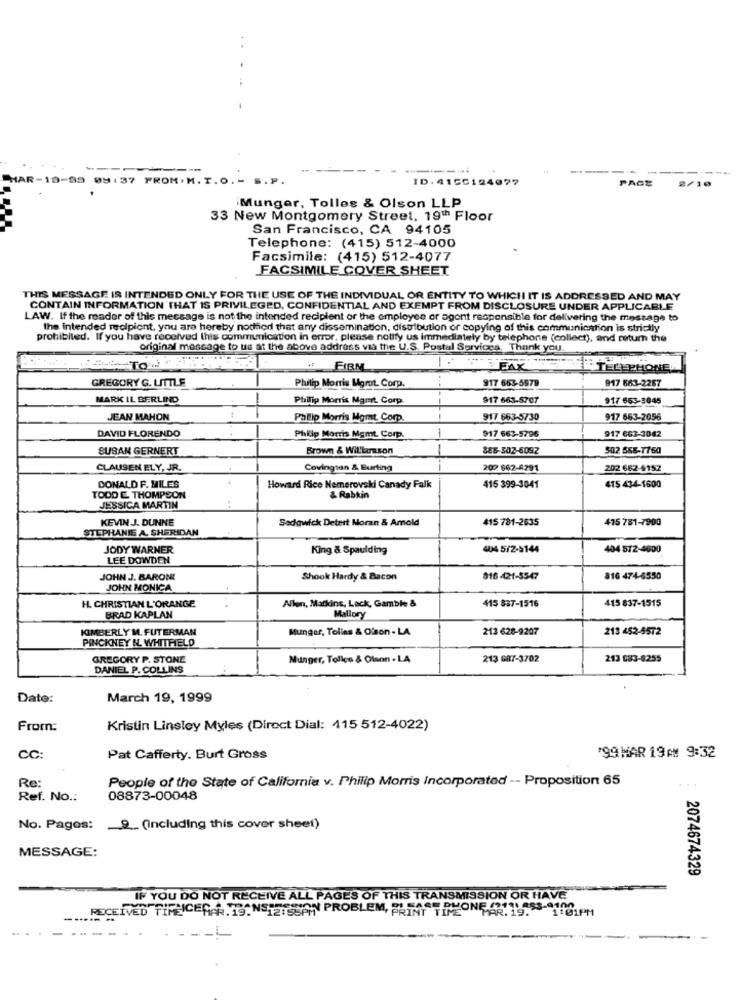
----
------
MAR-19-99 09:37 FROM. M. T.O. - S.P.
ID. 415C124077
PAGE
2/10
iMunger, Tolles & Olson LLP
33 New Montgomery Street, 19th Floor
San Francisco, CA 94105
Telephone: (415) 512-4000
Facsimile: (415) 512-4077
FACSIMILE COVER SHEET
THIS MESSAGE IS INTENDED ONLY FOR THE USE OF THE INDIVIDUAL OR ENTITY TO WHICH IT IS ADDRESSED AND MAY
CONTAIN INFORMATION THAT IS PRIVILEGED, CONFIDENTIAL AND EXEMPT FROM DISCLOSURE UNDER APPLICABLE
LAW. If the reader of this message is not the intended recipient or the employee or agent responsible for delivering the message to
the intended recipient, you are hereby notiod that any dissemination, distribution or copying of this communication is strictly
prohibited. If you have received this communication in error, please notify us immediately by telephone (collect), and return the
original message to us at the above address via the U.S. Postal Services. Thank you.
# FIRM
ETELE PHONED
917 663-5579
917 663-2257
GREGORY G. LITTLE
Philip Morris Mort Corp.
MARK IL BERLIND
Philip Morris Mgmt. Corp.
917 663-5707
917 653-3045
JEAN MAHON
Philip Morris Mgmt. Corp.
917 663-5730
917 663-2056
DAVID FLORENDO
1
917 663-5796
917 662-3042
Philip Morris Mgmt Corp.
SUSAN GERNERT
Brown & Will'larsson
888- 302-6092
502 568-7760
CLAUSEN ELY, JR.
Covington & Burling
202 662-6291
202 682-5152
.44
DONALD F. MILES
Howard Rice Nemerovski Canady Falk
415 399-3041
415 434-1600
TODD E. THOMPSON
:
& Rabkin
JESSICA MARTIN
KEVIN J. DUNNE
Sedgwick Detert Moran & Amold
415 781-2635
475 781-7900
STEPHANIE A. SHERIDAN
JODY WARNER
King & Spaulding
404 5/2-9144
404 572-4600
LEE DOWDEN
JOHN J. BARON!
Shook Hardy & Bacon
816 -421-5547
810 474-8550
JOHN MONICA
415 837-1515
H. CHRISTIAN L'ORANGE
Allen, Marking, Lack, Gamble &
415 837-1516
BRAD KAPLAN
Mallory
KIMBERLY M. FUTERMAN
Munger, Tolles & Olson - LA
213 628-9207
213 452-5572
PINCKNEY N. WHITFIELD
GREGORY P. STONE
Munger, Tolles & Olson - LA
213 687-3702
213 683-8255
DANIEL P. COLLINS
Date:
March 19, 1999
From:
Kristin Linsley Myles (Direct Dial: 415 512-4022)
CC:
Pat Cafferty. Burt Gross
'99 MAR 19AM 9:32
Re
People of the State of California v. Philip Morris Incorporated -- Proposition 65
...
Ref. No .:
08873-00048
No. Pages: 9. (including this cover sheet)
MESSAGE:
2074674329
IF YOU DO NOT RECEIVE ALL PAGES OF THIS TRANSMISSION OR HAVE
RECEIVED TIMEICEFAR.TO: NETZECAN PROBLEM, PRIMAI PHONE (01 ) 955-10